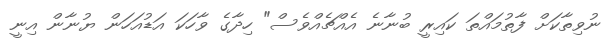
ނުވިތާކަށް ފާތުމައްތަ ކައިރީ ބުނާނެ އެއްޗެއްވެސް" ހިދާގެ ވާހަކަ އަޑުއަހަން ޔުނާން އިނީ